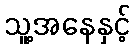
သူ့အနေနှင့်